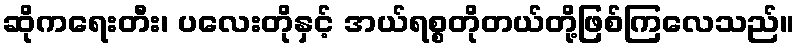
ဆိုကရေးတီး၊ ပလေးတိုနှင့် အယ်ရစ္စတိုတယ်တို့ဖြစ်ကြလေသည်။